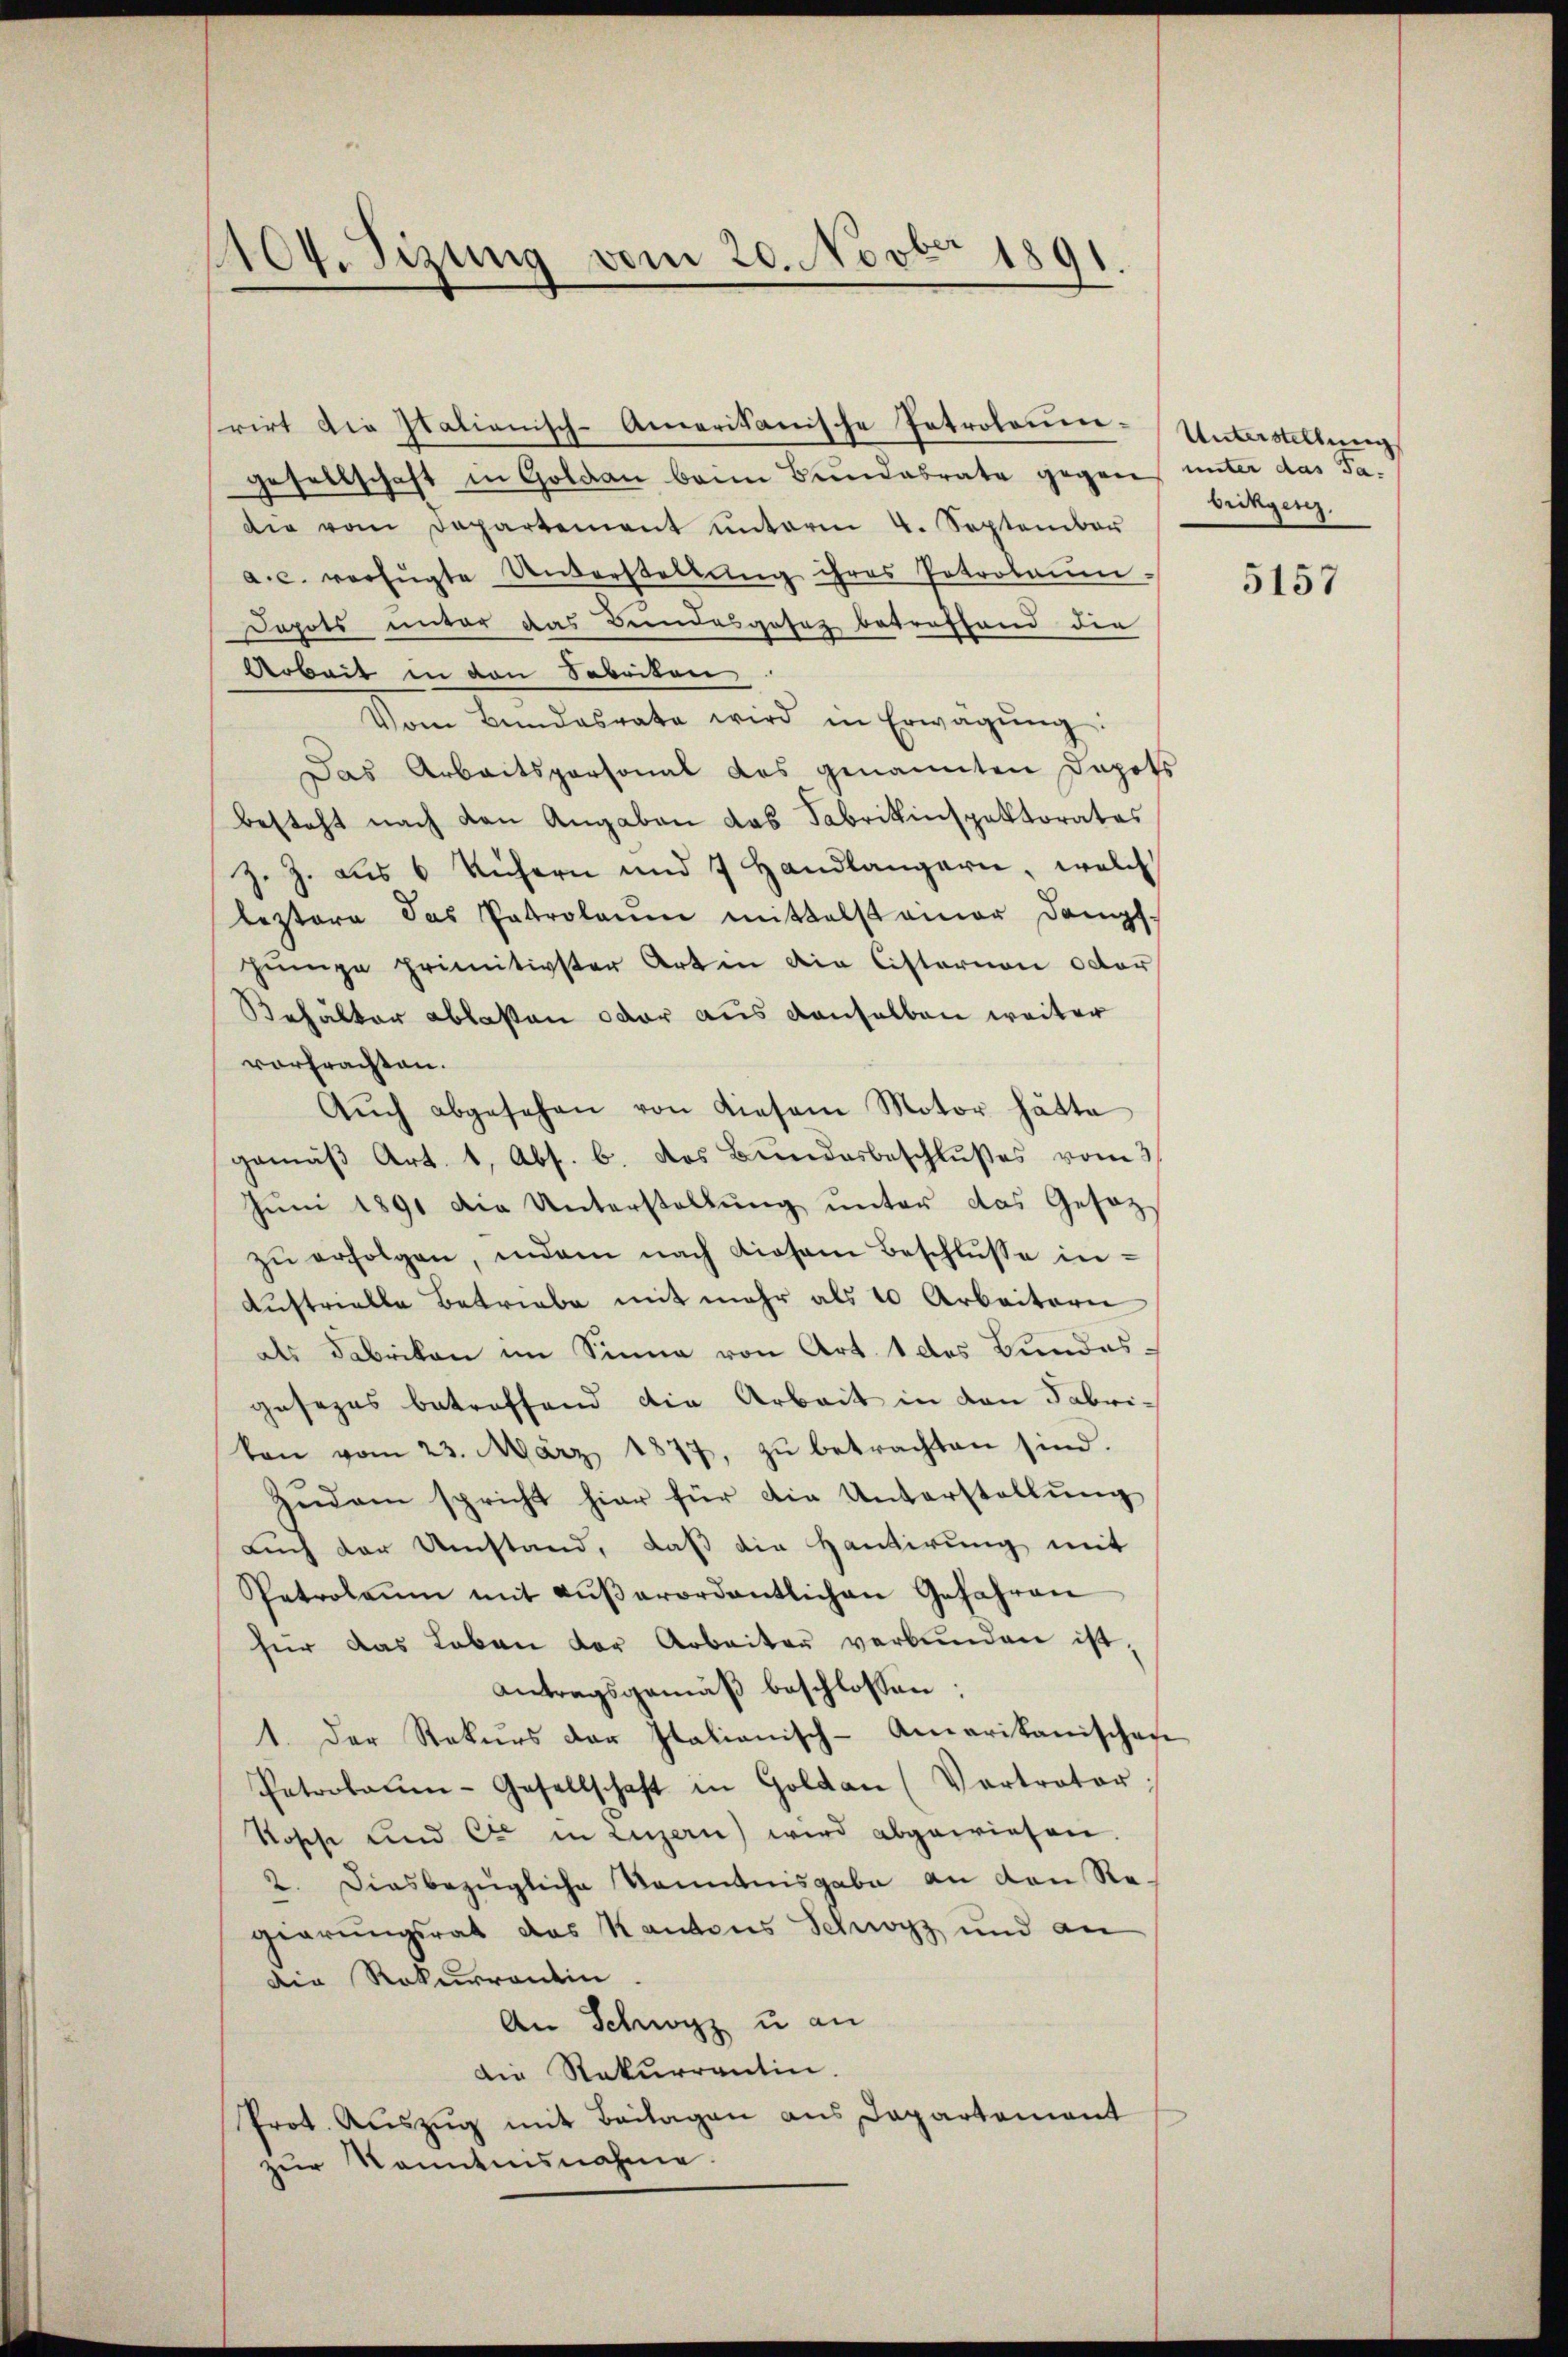
1104. Sizung vom 20. Novbr 1891.

rirt die Stationisch-Amerikanische Introlamm-
gesellschaft in Goldau beim Bundesrate gegen unter das Tadie vom Departement ŭnterm 4. September
a.c. verfügte Unterstellŭng ihres Petrolaŭm.
Jopots unter das Bundesgesez betreffend die
Arbeit in den Sabeiten
Vom Bundesrate wird in Erwägŭng:
Das Arbeitspersonal das genannten Depots
besteht nach den Angaben das Fabrikinspektorates
z. Z. aus 6 Kichern und 7 Handlängern, welch
leztere das Patrolaŭm mittelst einer Dampf-
hinge primitivster Art in die Cisterien oder
Behälter ablaßen oder aus denselben weiter
vorbrachten.
Aŭch abgesehen von diesem Motor hätte
gemäß Art. 1, Abs. 6. das Bundesbeschlußes vom 3.
Jŭni 1891 die Unterstellŭng ŭnter das Gesetzzŭ erfolgen, indem nach diesem Beschlŭsse in¬
Austrielle Betriebe mit mehr als 10 Arbeitern
als Fabrikon im Sinne von Art. 1 des Bundesgesezes betreffend die Arbeit in den Fabrikon vom 23. März 1877, zu betrachten sind.
Zedam spricht hier für die Unterstellung
Auch der Umstand, daß die Hausirung mit
Patrolaŭm mit aŭβerordentlichen Gefahren
für das Leben der Arbeiter verbŭnden ist,
Antragsgemäß beschlossen:
1. Der Rekurs der Italianisch-Amerikanischen
Patrokaŭm-Gesellschaft in Goldau (Vertrator;
Rosche und Cie in Luzern) wird abgewiesen.
2. Diesbezügliche Kenntnisgabe an den Regierungsrat das Kantons Schwyz und an
die Rekurrentin
An Schwyz u an
Die Rekurrentin.
Prot. Auszug mit Beilagen aus Dapartament
zur Kenntnisnahme.

Unterstellung
brikges.

5157